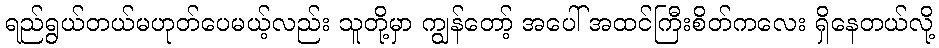
ရည်ရွယ်တယ်မဟုတ်ပေမယ့်လည်း သူတို့မှာ ကျွန်တော့် အပေါ် အထင်ကြီးစိတ်ကလေး ရှိနေတယ်လို့